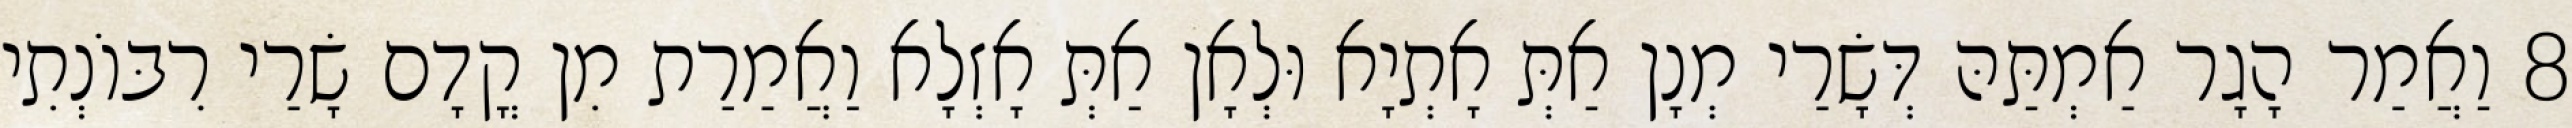
8 וַאֲמַר הָגָר אַמְתַּהּ דְּשָׂרַי מְנָן אַתְּ אָתְיָא וּלְאָן אַתְּ אָזְלָא וַאֲמַרַת מִן קֳדָם שָׂרַי רִבּוֹנְתִי